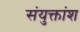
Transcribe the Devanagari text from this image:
संयुक्तांश